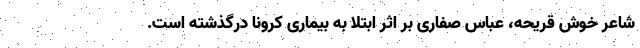
شاعر خوش قریحه، عباس صفاری بر اثر ابتلا به بیماری کرونا درگذشته است.